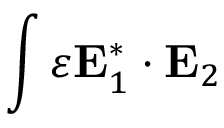
\int \varepsilon \mathbf { E } _ { 1 } ^ { * } \cdot \mathbf { E } _ { 2 }